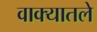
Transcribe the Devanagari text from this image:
वाक्यातले